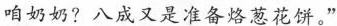
咱奶奶?八成又是准备烙葱花饼”